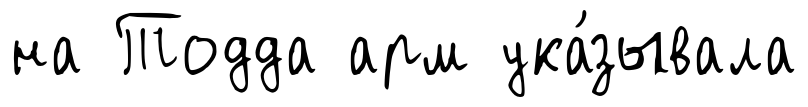
на Тодда арм ука́зывала